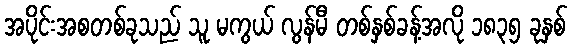
အပိုင်းအစတစ်ခုသည် သူ မကွယ် လွန်မီ တစ်နှစ်ခန့်အလို ၁၈၃၅ ခုနှစ်